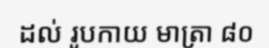
ដល់ រូបកាយ មាត្រា ៨០